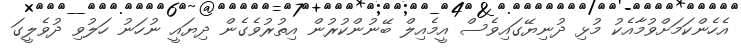
އެހެންކަމަށްވުމާއެކު މުޅި ދުނިޔޭގައިވެސް އީމެއިލް ބޭނުންކުރުން އިތުރުވެގެން ދިޔައީ ނުހަނު ހަލުވި ދުވެލީގަ